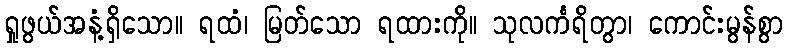
ရှုဖွယ်အနံ့ရှိသော။ ရထံ၊ မြတ်သော ရထားကို။ သုလင်္ကရိတွာ၊ ကောင်းမွန်စွာ